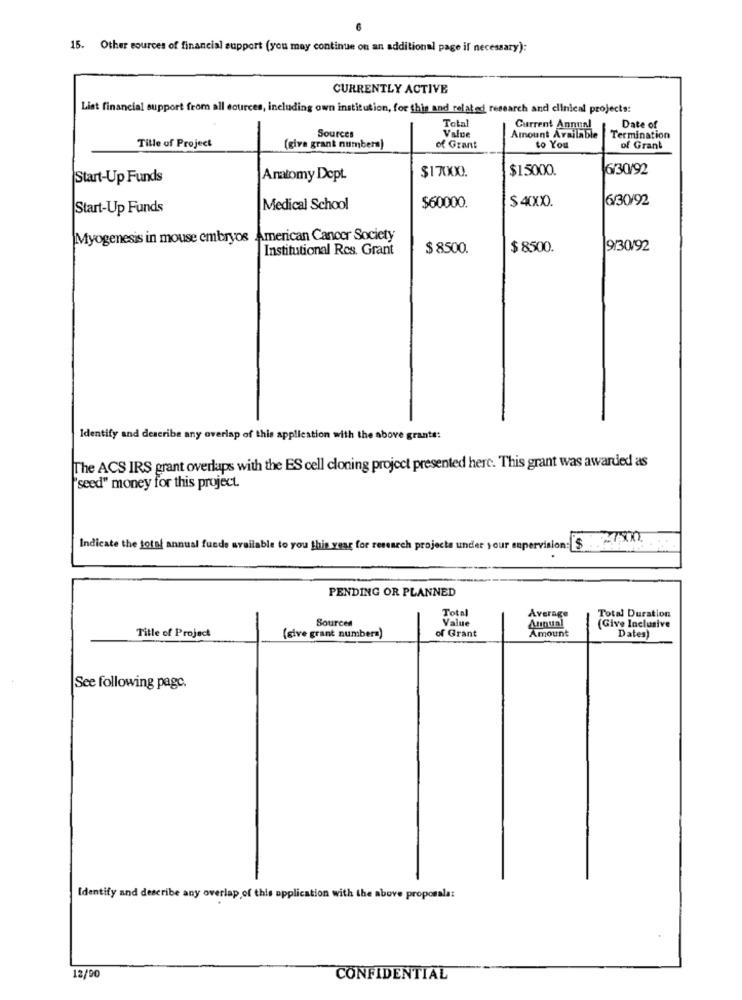
15. Other sources of financial support (you may continue on an additional page if necessary):
CURRENTLY ACTIVE
List financial support from all sources, including own institution, for this and related research and clinical projects:
Total
Sources
Value
Current Annual
Date of
Tille of Project
Amount Available
Termination
(giva grant numbers)
of Grant
to You
of Grant
$1.5000.
6/30/92
Start-Up Funds
Anatomy Dept.
$60000.
$ 4XX).
6/30/92
Start-Up Funds
Medical School
Myogenesis in mouse embryos American Cancer Society
Institutional Res. Grant
$ 8500.
$ 8500.
9/30/92
Identify and describe any overlap of this application with the above grants:
The ACS IRS grant overlaps with the ES cell cloning project presented here. This grant was awarded as
"seed" money for this project.
Indicate the total annual funds available to you this year for research projects under your supervision:
PENDING OR PLANNED
Total
Sources
Value
Average
Total Duration
of Grant
Annual
(Give Inclusive
Title of Project
(give grant number=)
Amount
Dates)
See following pagc.
Identify and describe any overlap of this application with the above proposala:
12/90
CONFIDENTIAL